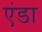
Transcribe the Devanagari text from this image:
एंडा